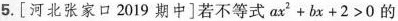
5.[河北张家口2019期中]若不等式$$a x ^ { 2 } + b x + 2 > 0$$的